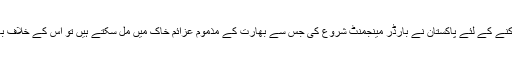
حقیقت یہ ہے کہ پاکستان میں افغانستان کے بارڈر سے دہشتگرد داخل ہوتے رہے ہیں ان کی آمدورفت روکنے کے لئے پاکستان نے بارڈر مینجمنٹ شروع کی جس سے بھارت کے مذموم عزائم خاک میں مل سکتے ہیں تو اس کے خلاف بھارت نے اپنے ’’بچے جمورے‘‘ کو مخالفت کے لئے آگے کر دیا، جس کا پاکستان کوئی اثر نہیں لے رہا۔